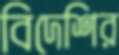
বিদেশির